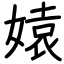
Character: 媴